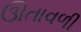
ઊતાવળી